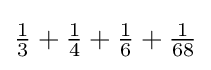
{\tfrac {1}{3}}+{\tfrac {1}{4}}+{\tfrac {1}{6}}+{\tfrac {1}{68}}